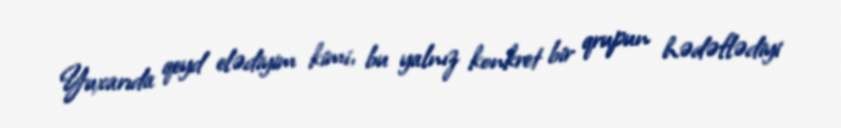
Yuxarıda qeyd elədiyim kimi, bu yalnız konkret bir qrupun hədəflədiyi